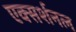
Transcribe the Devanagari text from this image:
एक्सर्शनल